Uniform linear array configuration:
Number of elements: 32
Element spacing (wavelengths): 0.5
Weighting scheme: kaiser
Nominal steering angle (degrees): -60
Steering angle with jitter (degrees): -61.89
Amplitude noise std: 0.05
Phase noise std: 0.05

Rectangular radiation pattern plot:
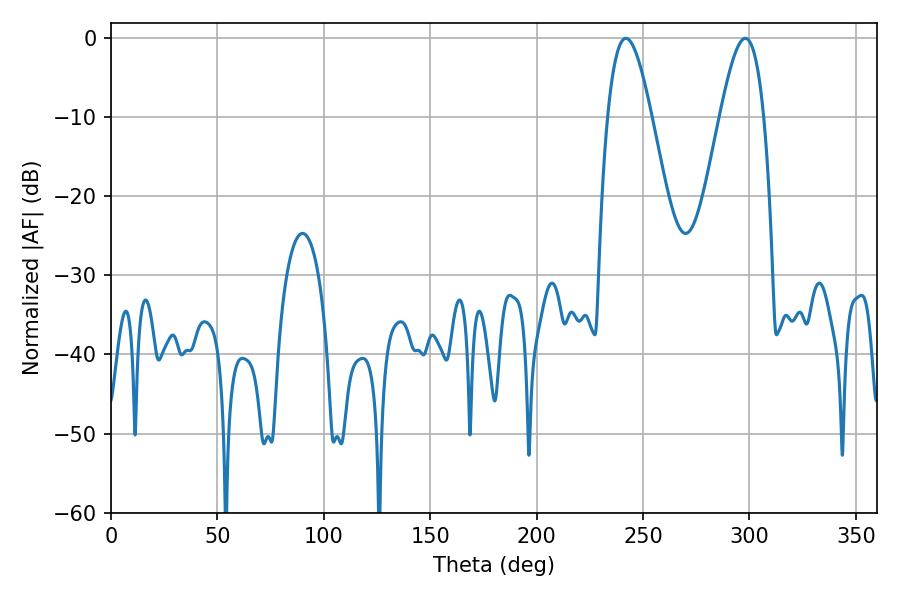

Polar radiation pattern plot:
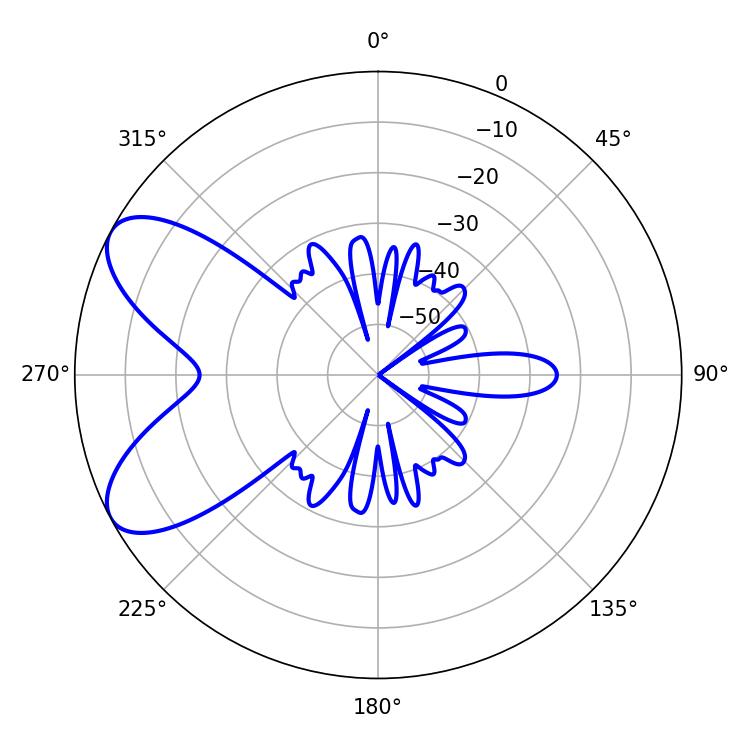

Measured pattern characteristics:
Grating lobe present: FALSE
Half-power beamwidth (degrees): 11.16
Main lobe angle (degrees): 241.92